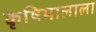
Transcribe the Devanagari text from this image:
कृषिमालाला